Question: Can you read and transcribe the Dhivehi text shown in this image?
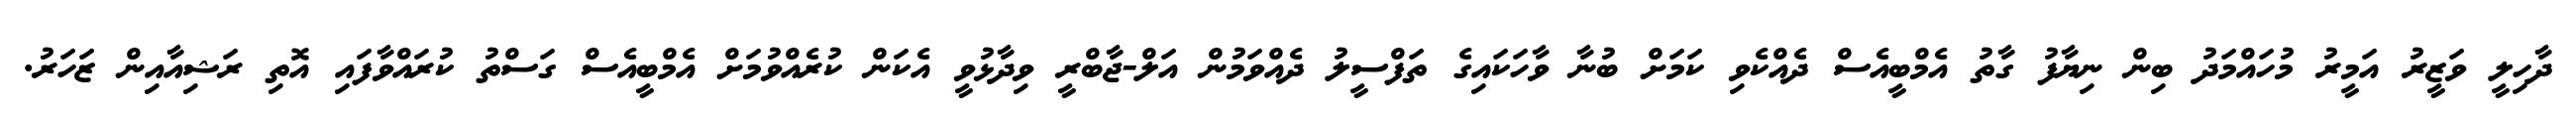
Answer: ދާހިލީ ވަޒީރު އަމީރު މުހައްމަދު ބިން ނިޔާފު ގާތު އެމްބީއެސް ދެއްކެވި ކަމަށް ބުނާ ވާހަކައިގެ ތަފްސީލު ދެއްވަމުން އަލް-ޖާބްރީ ވިދާޅުވީ އެކަން ކުރެއްވުމަށް އެމްބީއެސް ގަސްތު ކުރައްވާފައި އޮތި ރަޝިއާއިން ޒަހަރު.